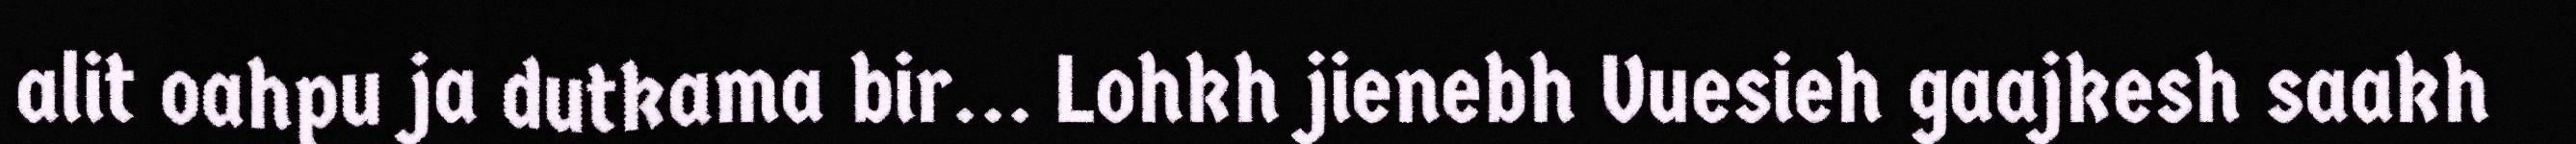
alit oahpu ja dutkama bir... Lohkh jienebh Vuesieh gaajkesh saakh